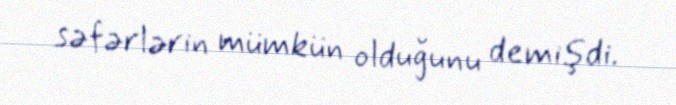
səfərlərin mümkün olduğunu demişdi.